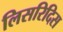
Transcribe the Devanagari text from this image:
लिसरिदिस